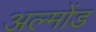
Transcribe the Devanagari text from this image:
अल्मोंड